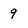
Character: 9